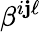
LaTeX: \beta^{i\mathbf{j}\ell}